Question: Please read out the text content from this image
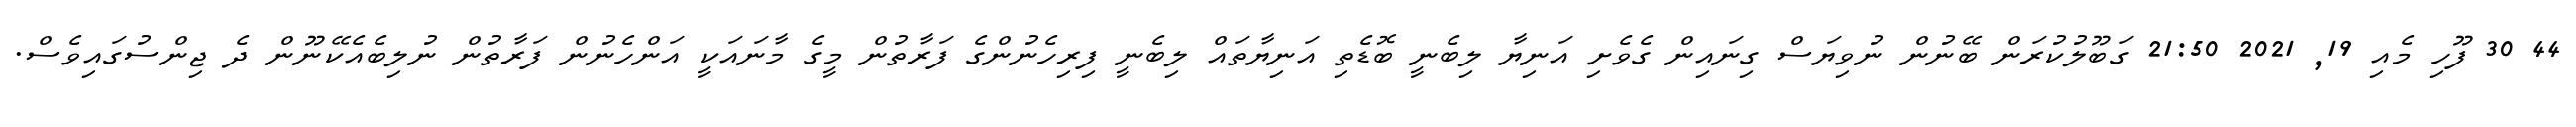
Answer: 44 30 ފޫހި މެއި 19, 2021 21:50 ގަބޫލުކުރަން ބޭނުން ނުވިޔަސް ގިނައިން ގެވެށި އަނިޔާ ލިބެނީ ބޮޑެތި އަނިޔާތައް ލިބެނީ ފިރިހެނުންގެ ފަރާތުން މީގެ މާނައަކީ އަންހެނުން ފަރާތުން ނުލިބެއެކޭނޫން ދެ ޖިންސުގައިވެސް.